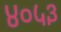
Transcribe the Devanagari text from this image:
४०५३